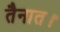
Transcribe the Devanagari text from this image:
तैनात।